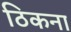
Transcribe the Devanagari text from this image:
ठिकना